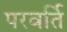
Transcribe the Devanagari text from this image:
परवर्ति